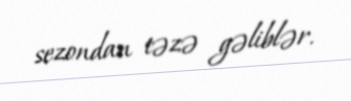
sezondan təzə gəliblər.